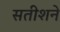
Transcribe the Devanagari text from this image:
सतीशने